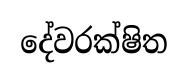
දේවරක්ෂිත